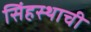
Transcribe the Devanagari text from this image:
सिंहस्थाची